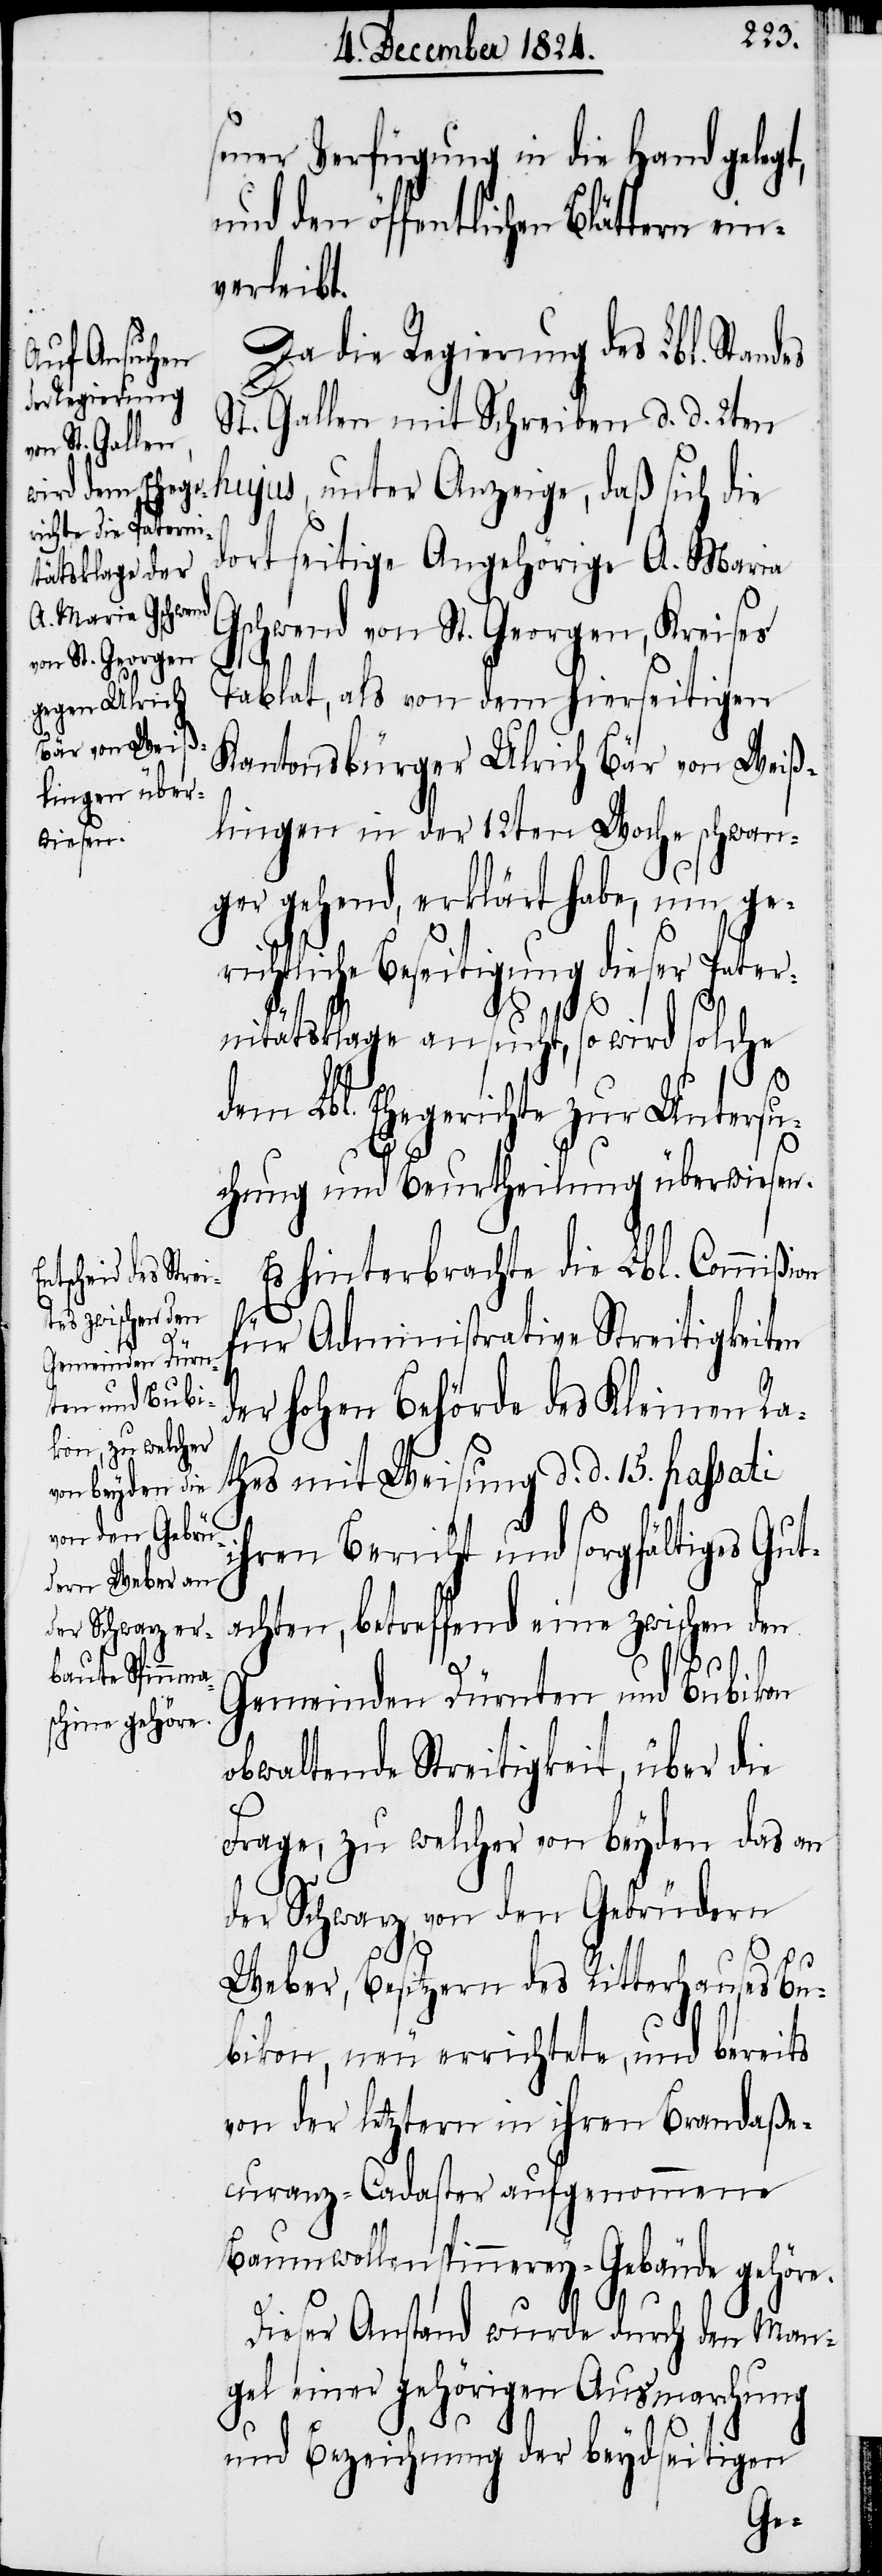
sener Verfügung in die Hand gelegt,
und den öffentlichen Blättern ein¬
verleibt.
Da die Regierung des Lbl. Stand¬
St. Gallen mit Schreiben d. d. 2ten
hujus, unter Anzeige, daß sich die
dortseitige Angehörige A. Maria
Gschwend von St. Georgen, Kreises
Tablat, als von dem hierseitigen
Kantonsbürger Ulrich Bär von Weiß¬
lingen in der 12ten Woche schwan¬
ger gehend, erklärt habe, um ge¬
richtliche Beseitigung dieser Pater¬
nitätsklage ansucht, so wird solche
dem Lbl. Ehegerichte zur Untersu¬
chung und Beurtheilung überwiesen.
Es hinterbrachte die Lbl. Commißi¬
für Administrative Streitigkeiten
der hohen Behörde des Kleinen Ra¬
thes mit Weisung d. d. 15. passati
ihren Bericht und sorgfältiges Gut¬
achten, betreffend eine zwischen den
Gemeinden Dürnten und Bubikon
obwaltende Streitigkeit, über die
on
Frage, zu welcher von beyden das an
der Schwarz, von den Gebrüdern
Weber, Besitzern des Ritterhauses Bu¬
bikon, neu errichtete, und bereits
von der letztern in ihren Brandaße¬
curanz-Cadaster aufgenommene
Baumwollenspinnerey-Gebäude gehöre.
Dieser Anstand wurde durch den Man¬
gel einer gehörigen Ausmarchung
und Bezeichnung der beydseitigen